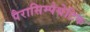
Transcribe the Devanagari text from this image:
पैरासिम्पेथेटिक